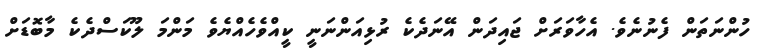
ހުންނަތަން ފެނުނެވެ. އެހާވަރަށް ޖައިދަން އޭނަދެކެ ރުޅިއަންނަނީ ކީއްވެހެއްޔެވެ މަންމަ ލޫކަސްދެކެ މާބޮޑަށް